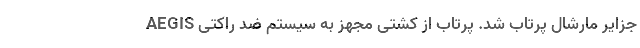
جزایر مارشال پرتاب شد. پرتاب از کشتی مجهز به سیستم ضد راکتی AEGIS